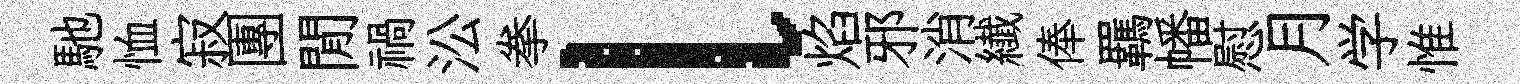
馳恤寂團閒禍㳂拳l焰邪消纎俸羈幡慰月学惟